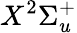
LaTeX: X^{2}\Sigma_{u}^{+}